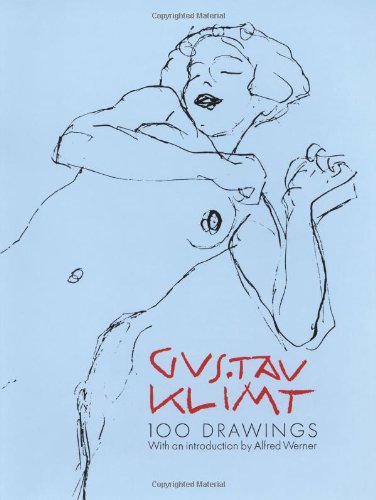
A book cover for Gustav Klimt:  100 Drawings; Arts & Photography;